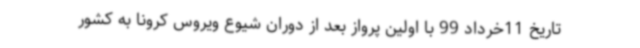
تاریخ 11خرداد 99 با اولین پرواز بعد از دوران شیوع ویروس کرونا به کشور